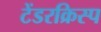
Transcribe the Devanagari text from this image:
टेंडरक्रिस्प